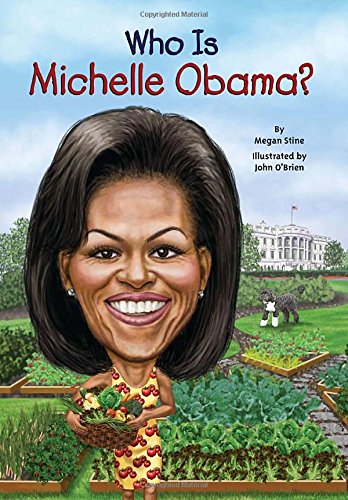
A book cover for Who Is Michelle Obama? (Who Was...?); Megan Stine; Children's Books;